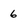
Character: 6